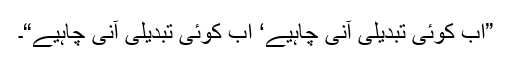
”اب کوئی تبدیلی آنی چاہیے‘ اب کوئی تبدیلی آنی چاہیے“۔